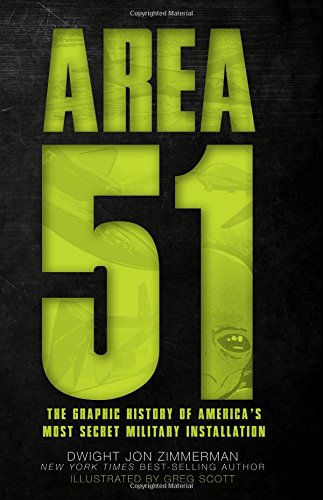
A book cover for Area 51: The Graphic History of America's Most Secret Military Installation; Dwight Zimmerman; Comics & Graphic Novels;